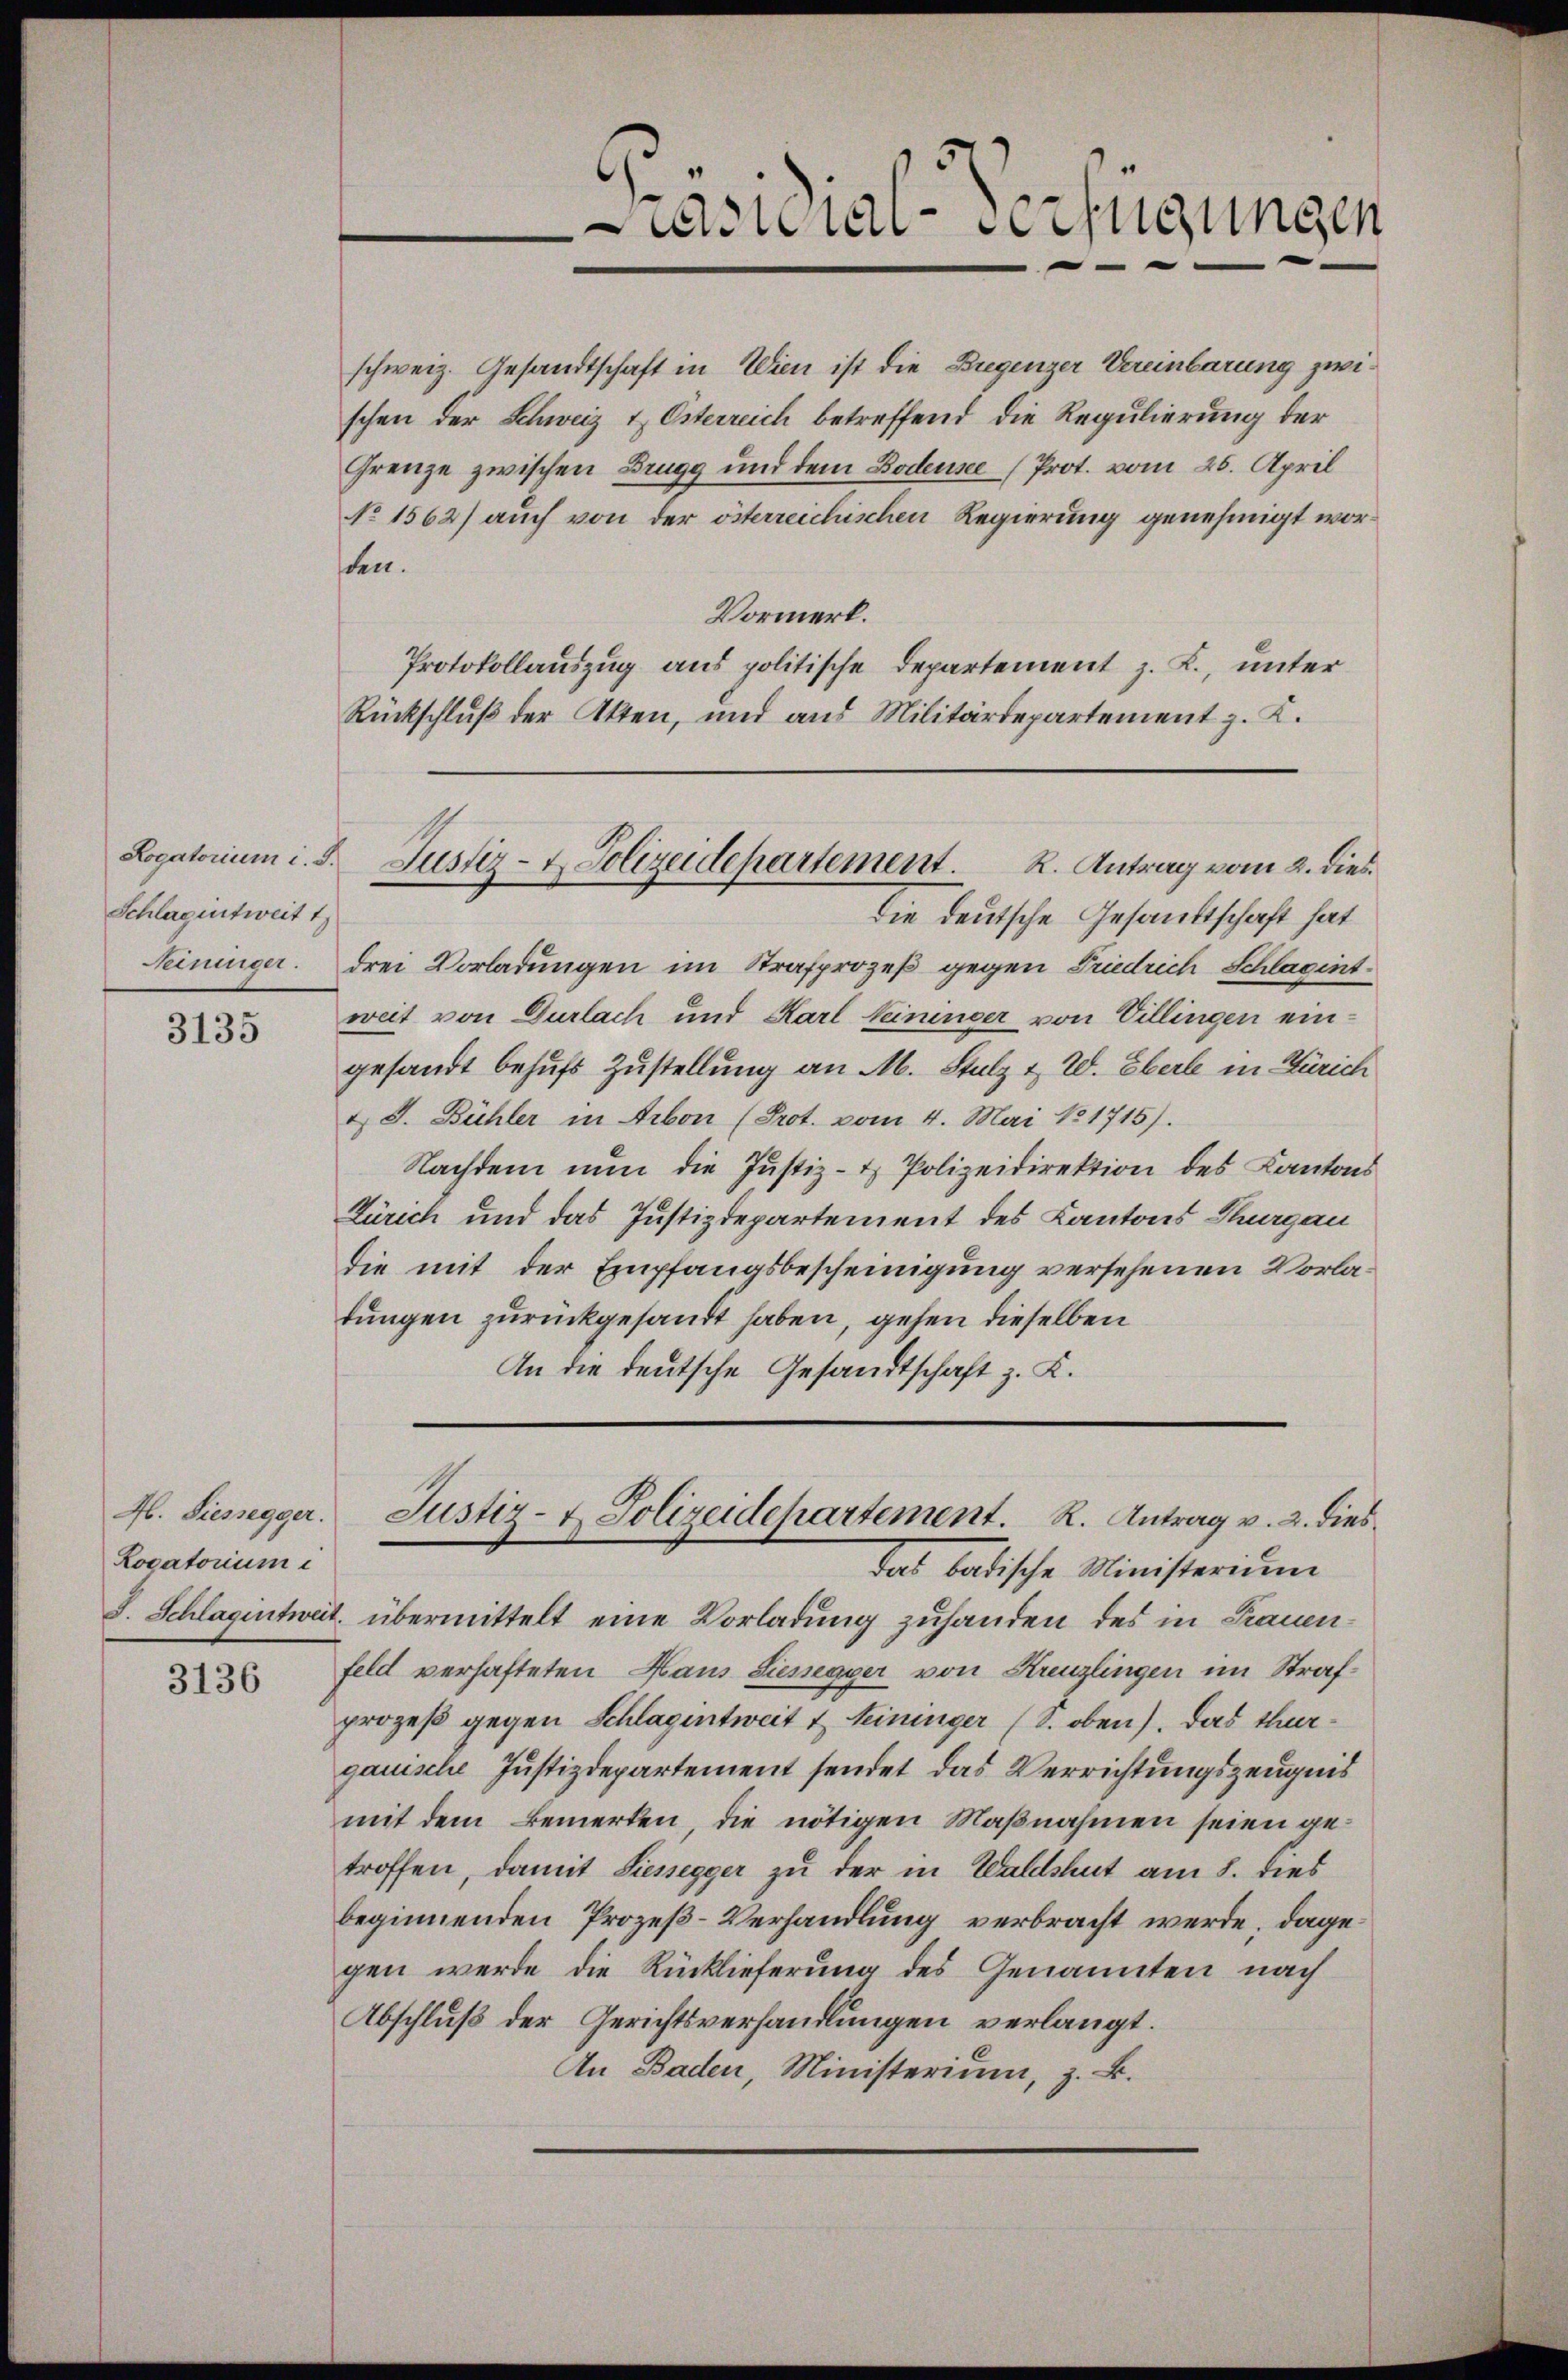
Schlagintweit 1
Seiniger.

3135

Rovatorium

3136

räsidial-Verfügungen
—

schweiz. Gesandtschaft in Wien ist die Bregenzer Vereinbarung zwischen der Schweiz & Österreich betreffend die Regulierung der
Frenze zwischen Brugg und dem Bodensee (Prot. vom 25. April
No 1562) auch von der österreichischen Regierung genehmigt worten.
Vormerk.
Protokollauszug aus politische Departement z. B., unter
Rückschluß der Akten, und aus Militärdepartement z. K.

die deutsche Gesandtschaft hat
drei Vorladungen im Strafprozeß gegen Friedrich Schlagintweit von Dürlach und Karl Keininger von Villingen eingesandt behufs Zustellung an M. Stolz & W. Eberl in Zürich
& J. Bühler in Arbon (Prot. vom 4. Mai 181715).
Nachdem nun die Justiz- & Polizeidirektion des Kantons
Zürich und das Justizdepartement des Kantons Thurgau
Die mit der Empfangsbescheinigung versehenen Vorlatungen zurückgesandt haben, gehen dieselben
An die deutsche Gesandtschaft z. K.

Logatorium i. d. Justiz- & Polizeidepartement. R. Antrag vom 2. dies

S. Schlagintweit übermittelt eine Vorladung zuhanden des in Frauenfeld verhafteten Haus Sienegger von Kreuzlingen im Strafprozeß gegen Schlagentweit & Seininger (S. oben). Das thurgauische Justizdepartement sendet das Verrichtungszeugnis
mit dem Bemerken, die nötigen Maßnahmen seien getroffen, damit Siessegger zu der in Waldshut am 8. dies
beginnenden Prozeß-Verhandlung verbracht werde, dagegen werde die Rücklieferung des Genannten nach
Abschluß der Gerichtsverhandlungen verlangt.
An Baden, Ministerium, z. B.

4. Siessegger. Justiz- & Polizeidepartement. R. Antrag v. 2. dies
das badische Ministerium